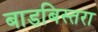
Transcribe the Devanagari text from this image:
बाडबिस्तरा